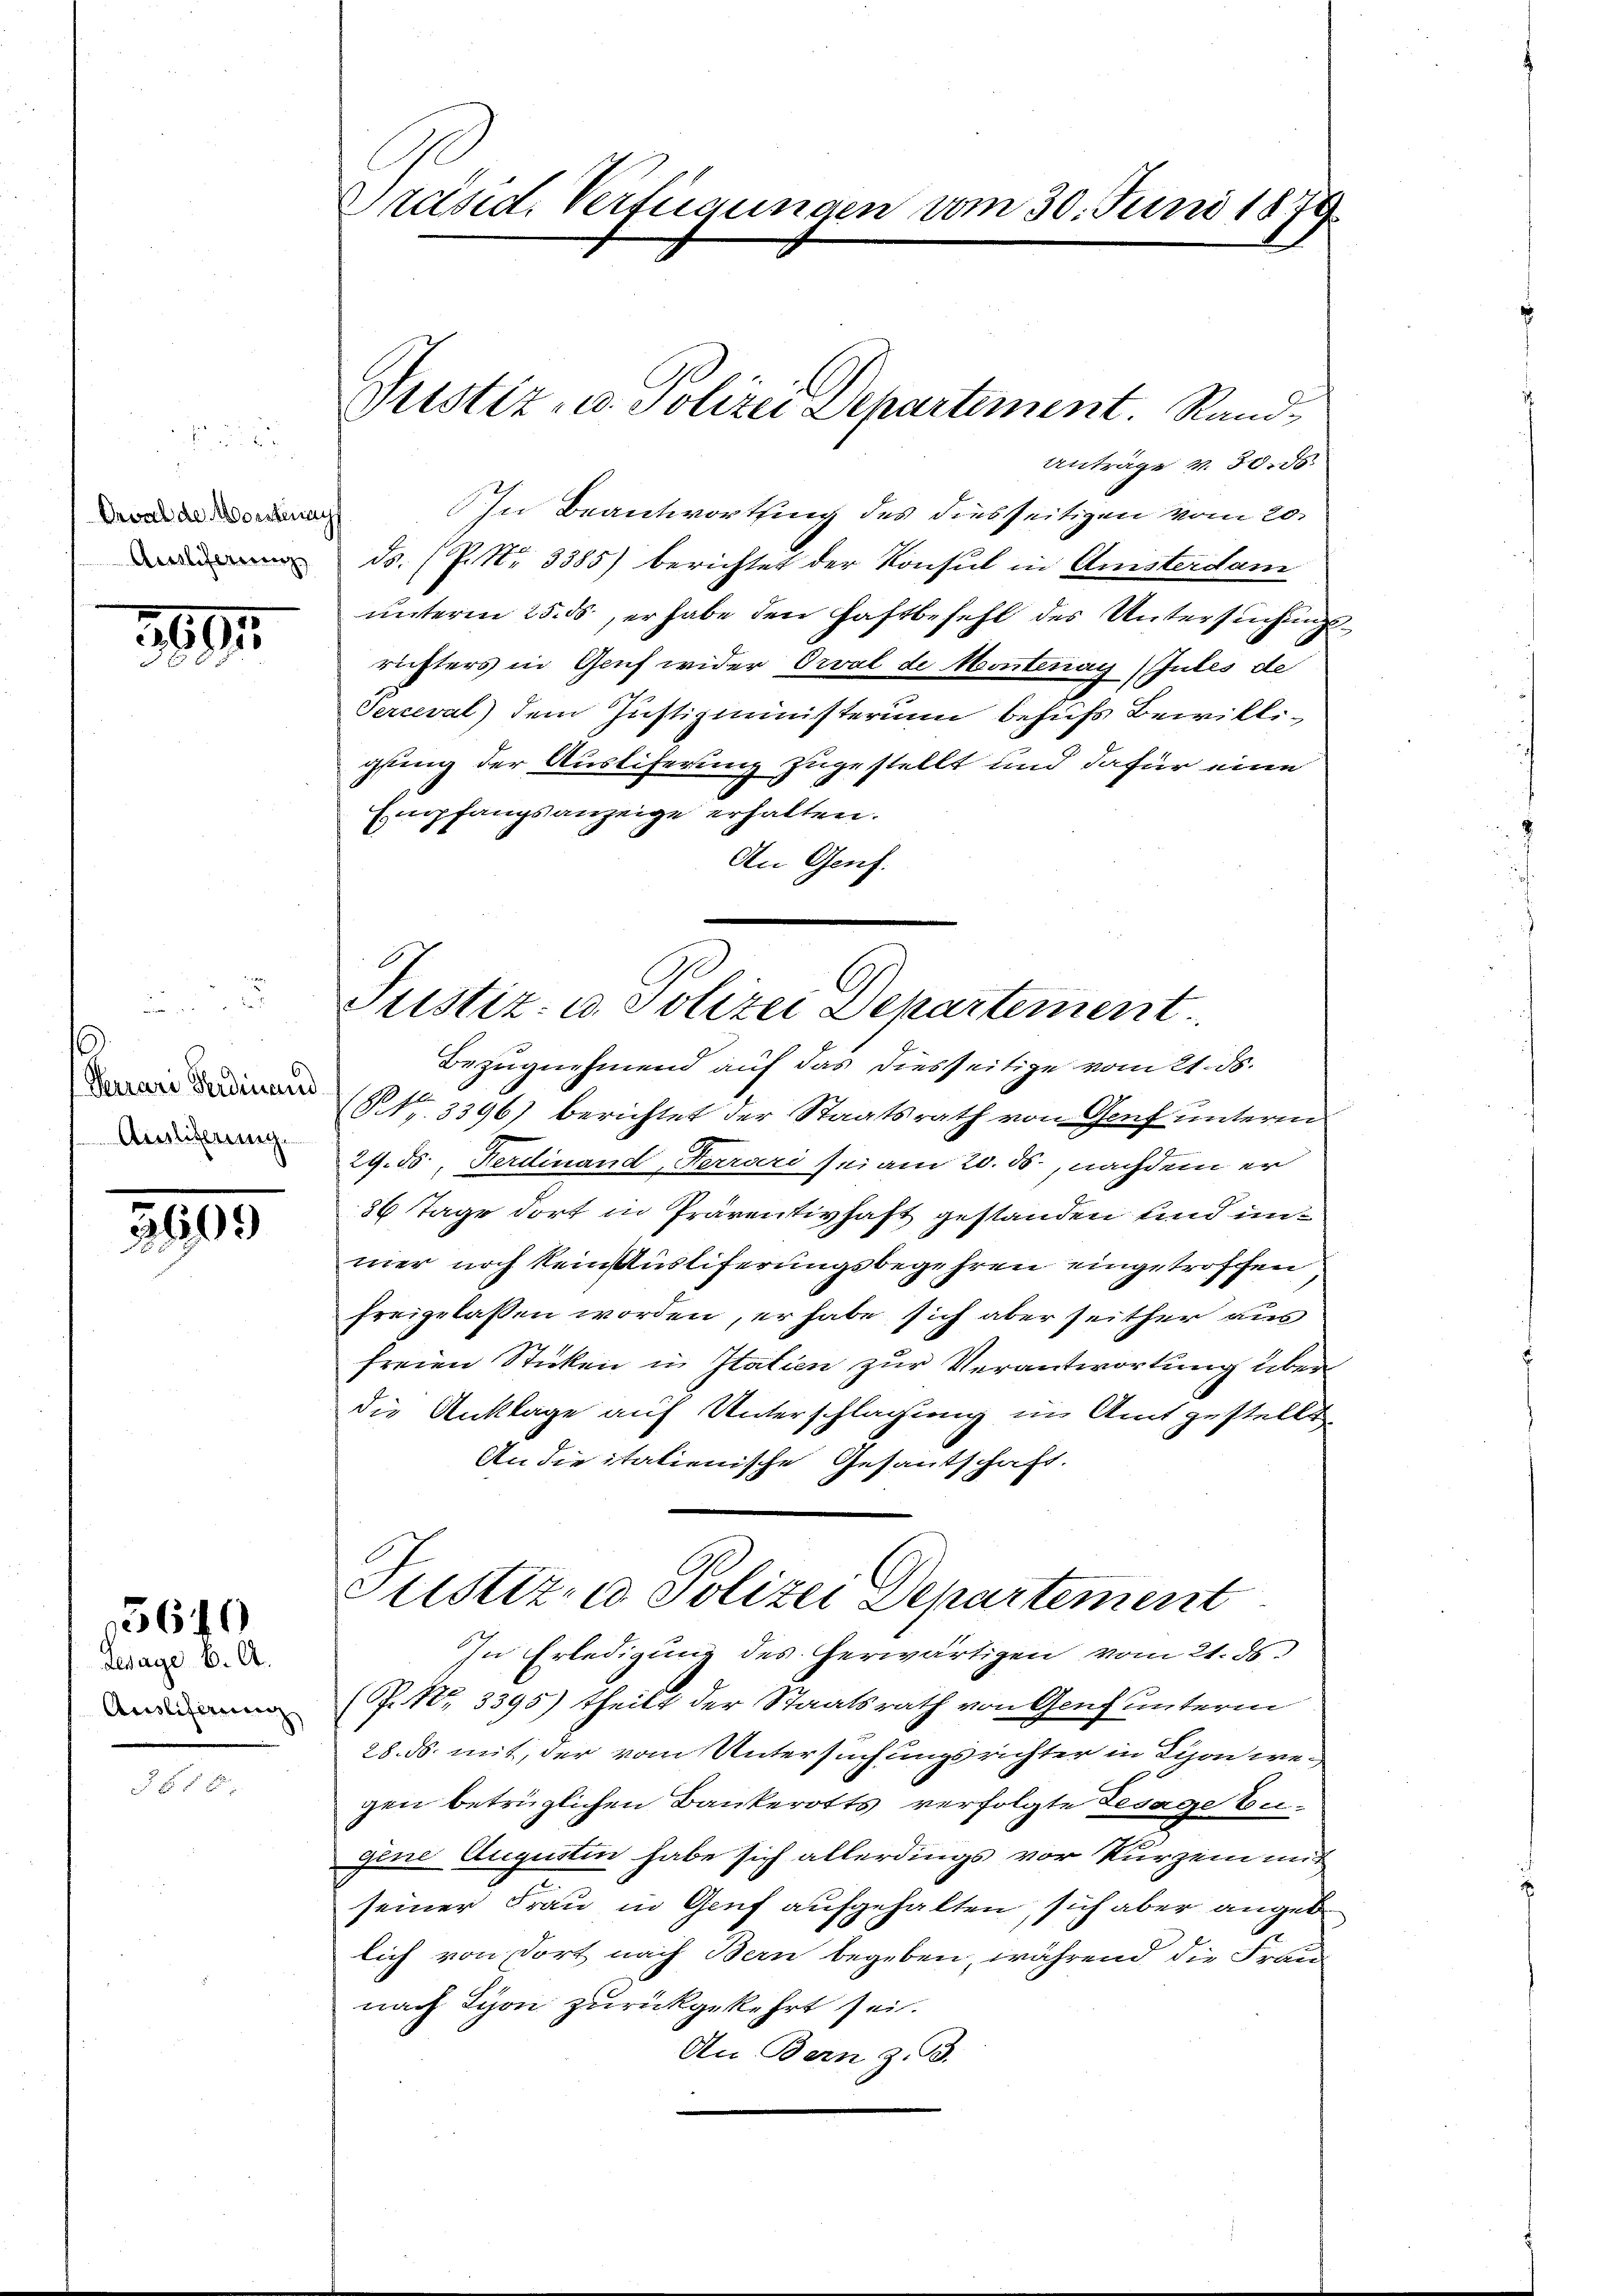
389

Feurari Ferdinand
Auslittung.

3909)

Ausliferung |

5640
gesage 6. A.

§ 55 x

Präsid. Verfügungen vom 30. Juni 1879.

Oeval de Morstenauf
Ausliferienz,

Justiz- u. Polizei Departement. Sand¬
Anträge v. 30. ds

In Beantwortung des diesseitigen vom 20.
ds. (P. Nr. 3385) berichtet der Konsul in Ansterdam
ŭnterm 25. ds., erhabe den Haftbefehl des Untersŭchŭngs-
richters in Genf wider Orval de Montenay (Jules de
Serceval) dem Justizministerium behufs Bewilliglung der Ausliferung zugestellt und dafür eine
Empfangsanzeige erhalten.
An Genf.
(Nr. 3396) berichtet der Staatsrath von Genf unterm
29. ds. Ferdinand, Ferrari sei am 20. ds., nachdem er
36 Tage dort in Präventivhaft gestanden und unmer noch kein Kustiferungsbegehren eingetroffen
freigelassen worden, er habe sich aber seither aus
freien Stücken in Italien zur Verantwortung über
die Anklage auf Unterschlagung im Amt gestellt
An die italienische Gesantschaft.
Justiz- u Polizei Departement
In Erledigung des herwärtigen vom 21. ds.
(P. Nr. 3395) theilt der Staatsrath von Genf unterm
28. ds. mit, der vom Untersuchungsrichter in Lion wegen betrüglichen Bankerotts verfolgte Gesage tes
gine Augustin habe sich allerdings vor kurzem mit
seiner Frau in Genf aufgehalten, sich aber angeb
lich von dort nach Bern begeben, während die Frau
nach Lyon zurückgekehrt sei.
An Bern z. B.

Justiz- u. Polizei Departement
Bezugnehmend auf das diesseitige vom 21. ds.